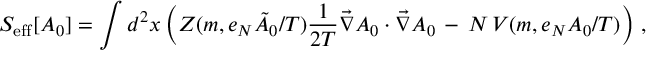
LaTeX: S _ { \mathrm { e f f } } [ A _ { 0 } ] = \int d ^ { 2 } x \left( Z ( m , e _ { N } { \tilde { A } } _ { 0 } / { { T } } ) \frac { 1 } { 2 T } \vec { \nabla } A _ { 0 } \cdot \vec { \nabla } A _ { 0 } \, - \, N \, V ( m , e _ { N } A _ { 0 } / { T } ) \right) \, ,